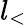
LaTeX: l_{<}